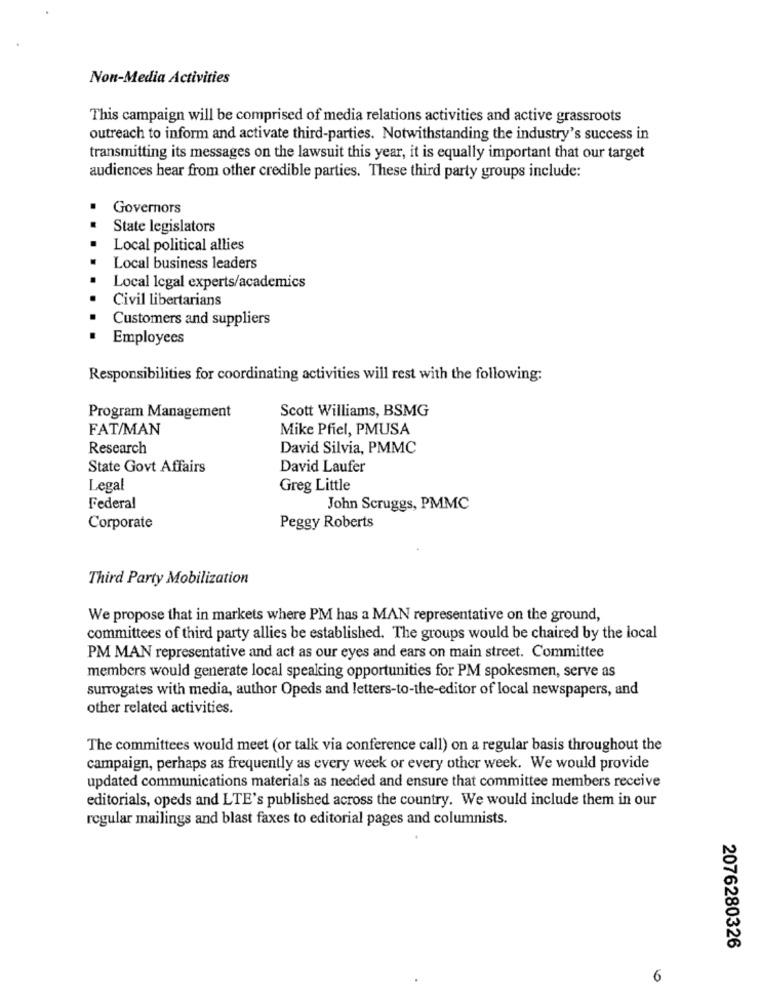
Non-Media Activities
This campaign will be comprised of media relations activities and active grassroots
outreach to inform and activate third-parties. Notwithstanding the industry's success in
transmitting its messages on the lawsuit this year, it is equally important that our target
audiences hear from other credible parties. These third party groups include:
Governors
State legislators
Local political allies
Local business leaders
Local legal experts/academics
Civil libertarians
Customers and suppliers
Employees
Responsibilities for coordinating activities will rest with the following:
Scott Williams, BSMG
Program Management
FAT/MAN
Mike Pfiel, PMUSA
Research
David Silvia, PMMC
State Govt Affairs
David Laufer
Legal
Greg Little
Federal
John Scruggs, PMMC
Corporate
Peggy Roberts
Third Party Mobilization
We propose that in markets where PM has a MAN representative on the ground,
committees of third party allies be established. The groups would be chaired by the local
PM MAN representative and act as our eyes and ears on main street. Committee
members would generate local speaking opportunities for PM spokesmen, serve as
surrogates with media, author Opeds and letters-to-the-editor of local newspapers, and
other related activities.
The committees would meet (or talk via conference call) on a regular basis throughout the
campaign, perhaps as frequently as every week or every other week. We would provide
updated communications materials as needed and ensure that committee members receive
editorials, opeds and LTE's published across the country. We would include them in our
regular mailings and blast faxes to editorial pages and columnists.
2076280326
6